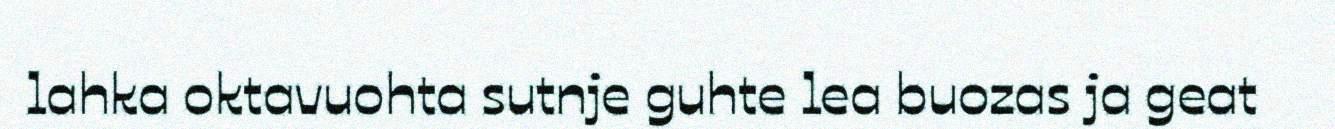
lahka oktavuohta sutnje guhte lea buozas ja geat